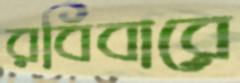
রবিবারে